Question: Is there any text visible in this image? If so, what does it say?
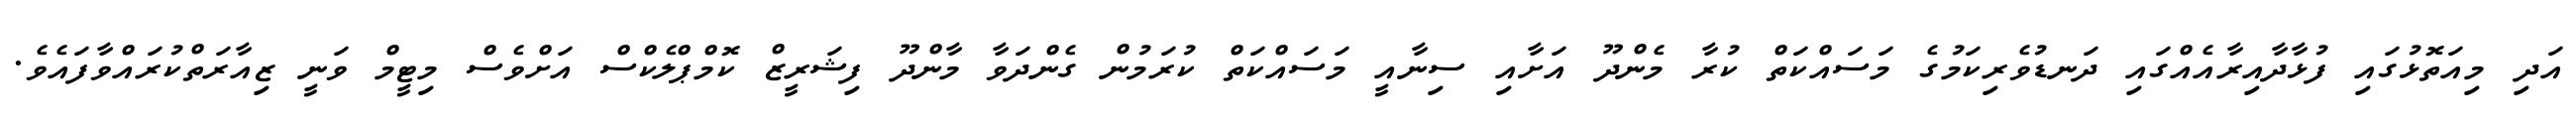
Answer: އަދި މިއަތޮޅުގައި ފުޅާދާއިރާއެއްގައި ދަނޑުވެރިކަމުގެ މަސައްކަތް ކުރާ މެންދޫ އަށާއި ސިނާއީ މަސައްކަތް ކުރަމުން ގެންދަވާ މާންދޫ ފިޝަރީޒް ކޮމްޕްލެކްސް އަށްވެސް މިޓީމް ވަނީ ޒިއާރަތްކުރައްވާފައެވެ.